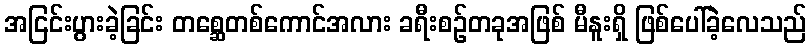
အငြင်းပွားခဲ့ခြင်း တစ္ဆေတစ်ကောင်အလား ခရီးစဉ်တခုအဖြစ် မီနူးရှိ ဖြစ်ပေါ်ခဲ့လေသည်